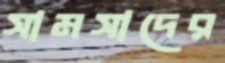
সামসাদের